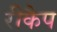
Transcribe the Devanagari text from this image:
रीकैप